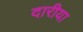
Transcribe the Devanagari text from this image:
दारीया